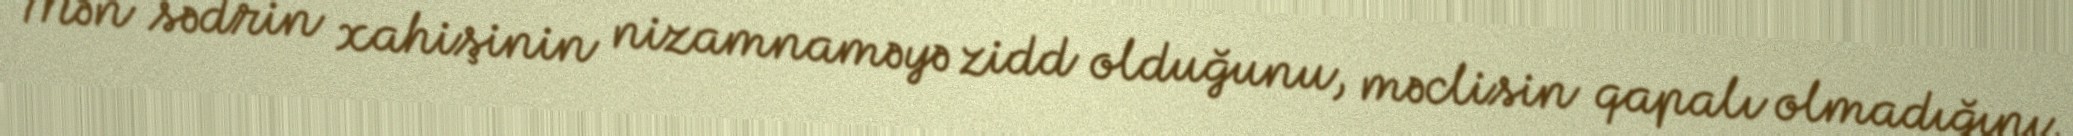
Mən sədrin xahişinin nizamnaməyə zidd olduğunu, məclisin qapalı olmadığını,